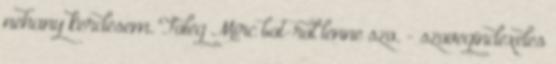
nehany kerdesem. Foleg Mirc bot-rol lenne szo. - szovegindexeles